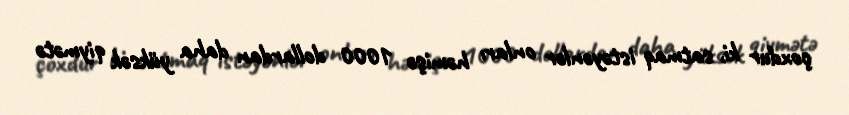
çoxdur ki, satmaq istəyənlər onları həmişə 1000 dollardan daha yüksək qiymətə